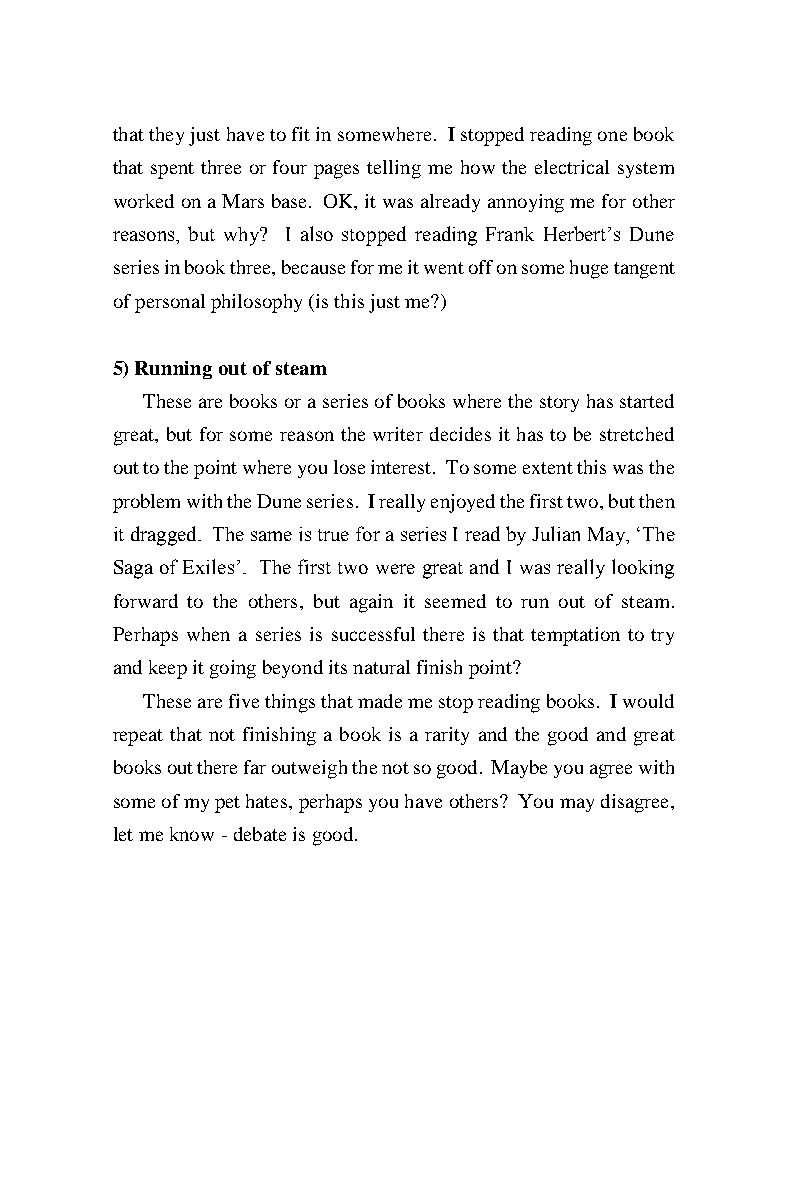
that they just have to fit in somewhere. I stopped reading one book
 that spent three or four pages telling me how the electrical system
 worked on a Mars base. OK, it was already annoying me for other
 reasons, but why? I also stopped reading Frank Herbert’s Dune
 series in book three, because for me it went off on some huge tangent
 of personal philosophy (is this just me?)
 5) Running out of steam
 These are books or a series of books where the story has started
 great, but for some reason the writer decides it has to be stretched
 out to the point where you lose interest. To some extent this was the
 problem with the Dune series. I really enjoyed the first two, but then
 it dragged. The same is true for a series I read by Julian May, ‘The
 Saga of Exiles’. The first two were great and I was really looking
 forward to the others, but again it seemed to run out of steam.
 Perhaps when a series is successful there is that temptation to try
 and keep it going beyond its natural finish point?
 These are five things that made me stop reading books. I would
 repeat that not finishing a book is a rarity and the good and great
 books out there far outweigh the not so good. Maybe you agree with
 some of my pet hates, perhaps you have others? You may disagree,
 let me know - debate is good.